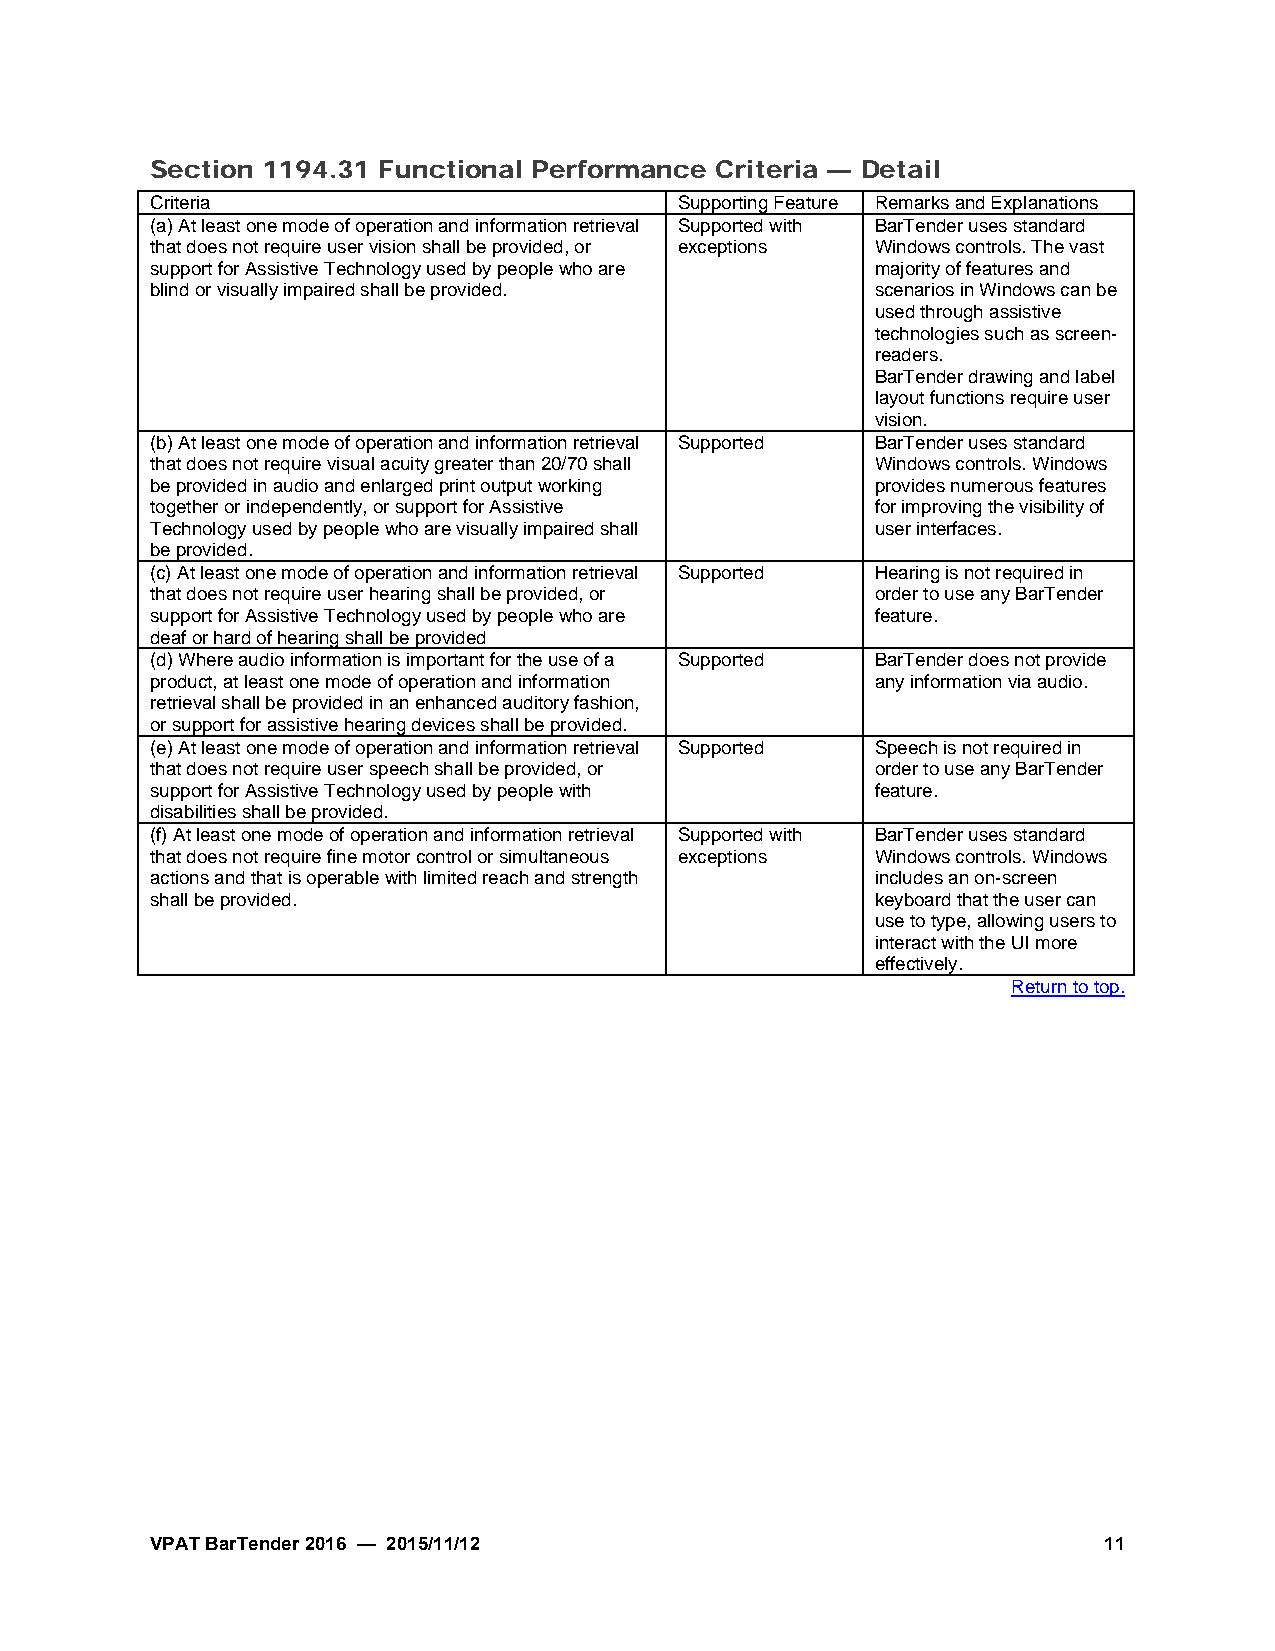
Section 1194.31 Functional Performance Criteria — Detail
 Criteria                           Supporting Feature Remarks and Explanations
 (a)At least one mode of operation and information retrieval Supported with BarTender uses standard
 that does not require user vision shall be provided, or exceptions Windows controls. The vast
 support for Assistive Technology used by people who are majority of features and
 blind or visually impaired shall be provided.   scenarios in Windows can be
 used through assistive
 technologies such as screen-
 readers.
 BarTender drawing and label
 layout functions require user
 vision.
 (b)At least one mode of operation and information retrieval Supported BarTender uses standard
 that does not require visual acuity greater than 20/70 shall Windows controls. Windows
 be provided in audio and enlarged print output working provides numerous features
 together or independently, or support for Assistive for improving the visibility of
 Technology used by people who are visually impaired shall user interfaces.
 be provided.
 (c)At least one mode of operation and information retrieval Supported Hearing is not required in
 that does not require user hearing shall be provided, or order to use any BarTender
 support for Assistive Technology used by people who are feature.
 deaf or hard of hearing shall be provided
 (d)Where audio information is important for the use of a Supported BarTender does not provide
 product, at least one mode of operation and information any information via audio.
 retrieval shall be provided in an enhanced auditory fashion,
 or support for assistive hearing devices shall be provided.
 (e)At least one mode of operation and information retrieval Supported Speech is not required in
 that does not require user speech shall be provided, or order to use any BarTender
 support for Assistive Technology used by people with feature.
 disabilities shall be provided.
 (f)At least one mode of operation and information retrieval Supported with BarTender uses standard
 that does not require fine motor control or simultaneous exceptions Windows controls. Windows
 actions and that is operable with limited reach and strength includes an on-screen
 shall be provided.                              keyboard that the user can
 use to type, allowing users to
 interact with the UI more
 effectively.
 Return to top.
 VPAT BarTender 2016 — 2015/11/12                               11